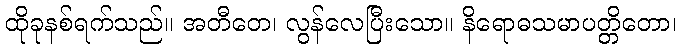
ထိုခုနစ်ရက်သည်။ အတီတေ၊ လွန်လေပြီးသော။ နိရောဓသမာပတ္တိတော၊